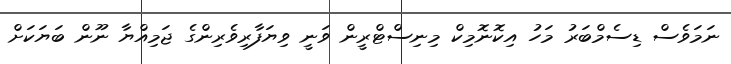
ނަމަވެސް ޑިސެމްބަރު މަހު އިކޮނޮމިކް މިނިސްޓްރީން ވަނީ ވިޔަފާރިވެރިންގެ ޖަމިއްޔާ ނޫން ބަޔަކަށް